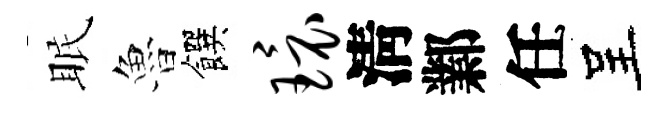
眠魯饌环淸鄴任呈